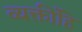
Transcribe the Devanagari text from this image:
व्यक्तींहि